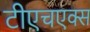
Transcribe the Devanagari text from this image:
टीएचएक्स